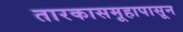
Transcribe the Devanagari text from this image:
तारकासमूहापासून